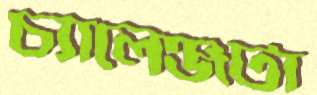
চ্যালেঞ্জটা